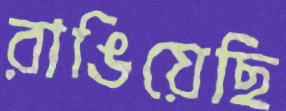
রাঙিয়েছি